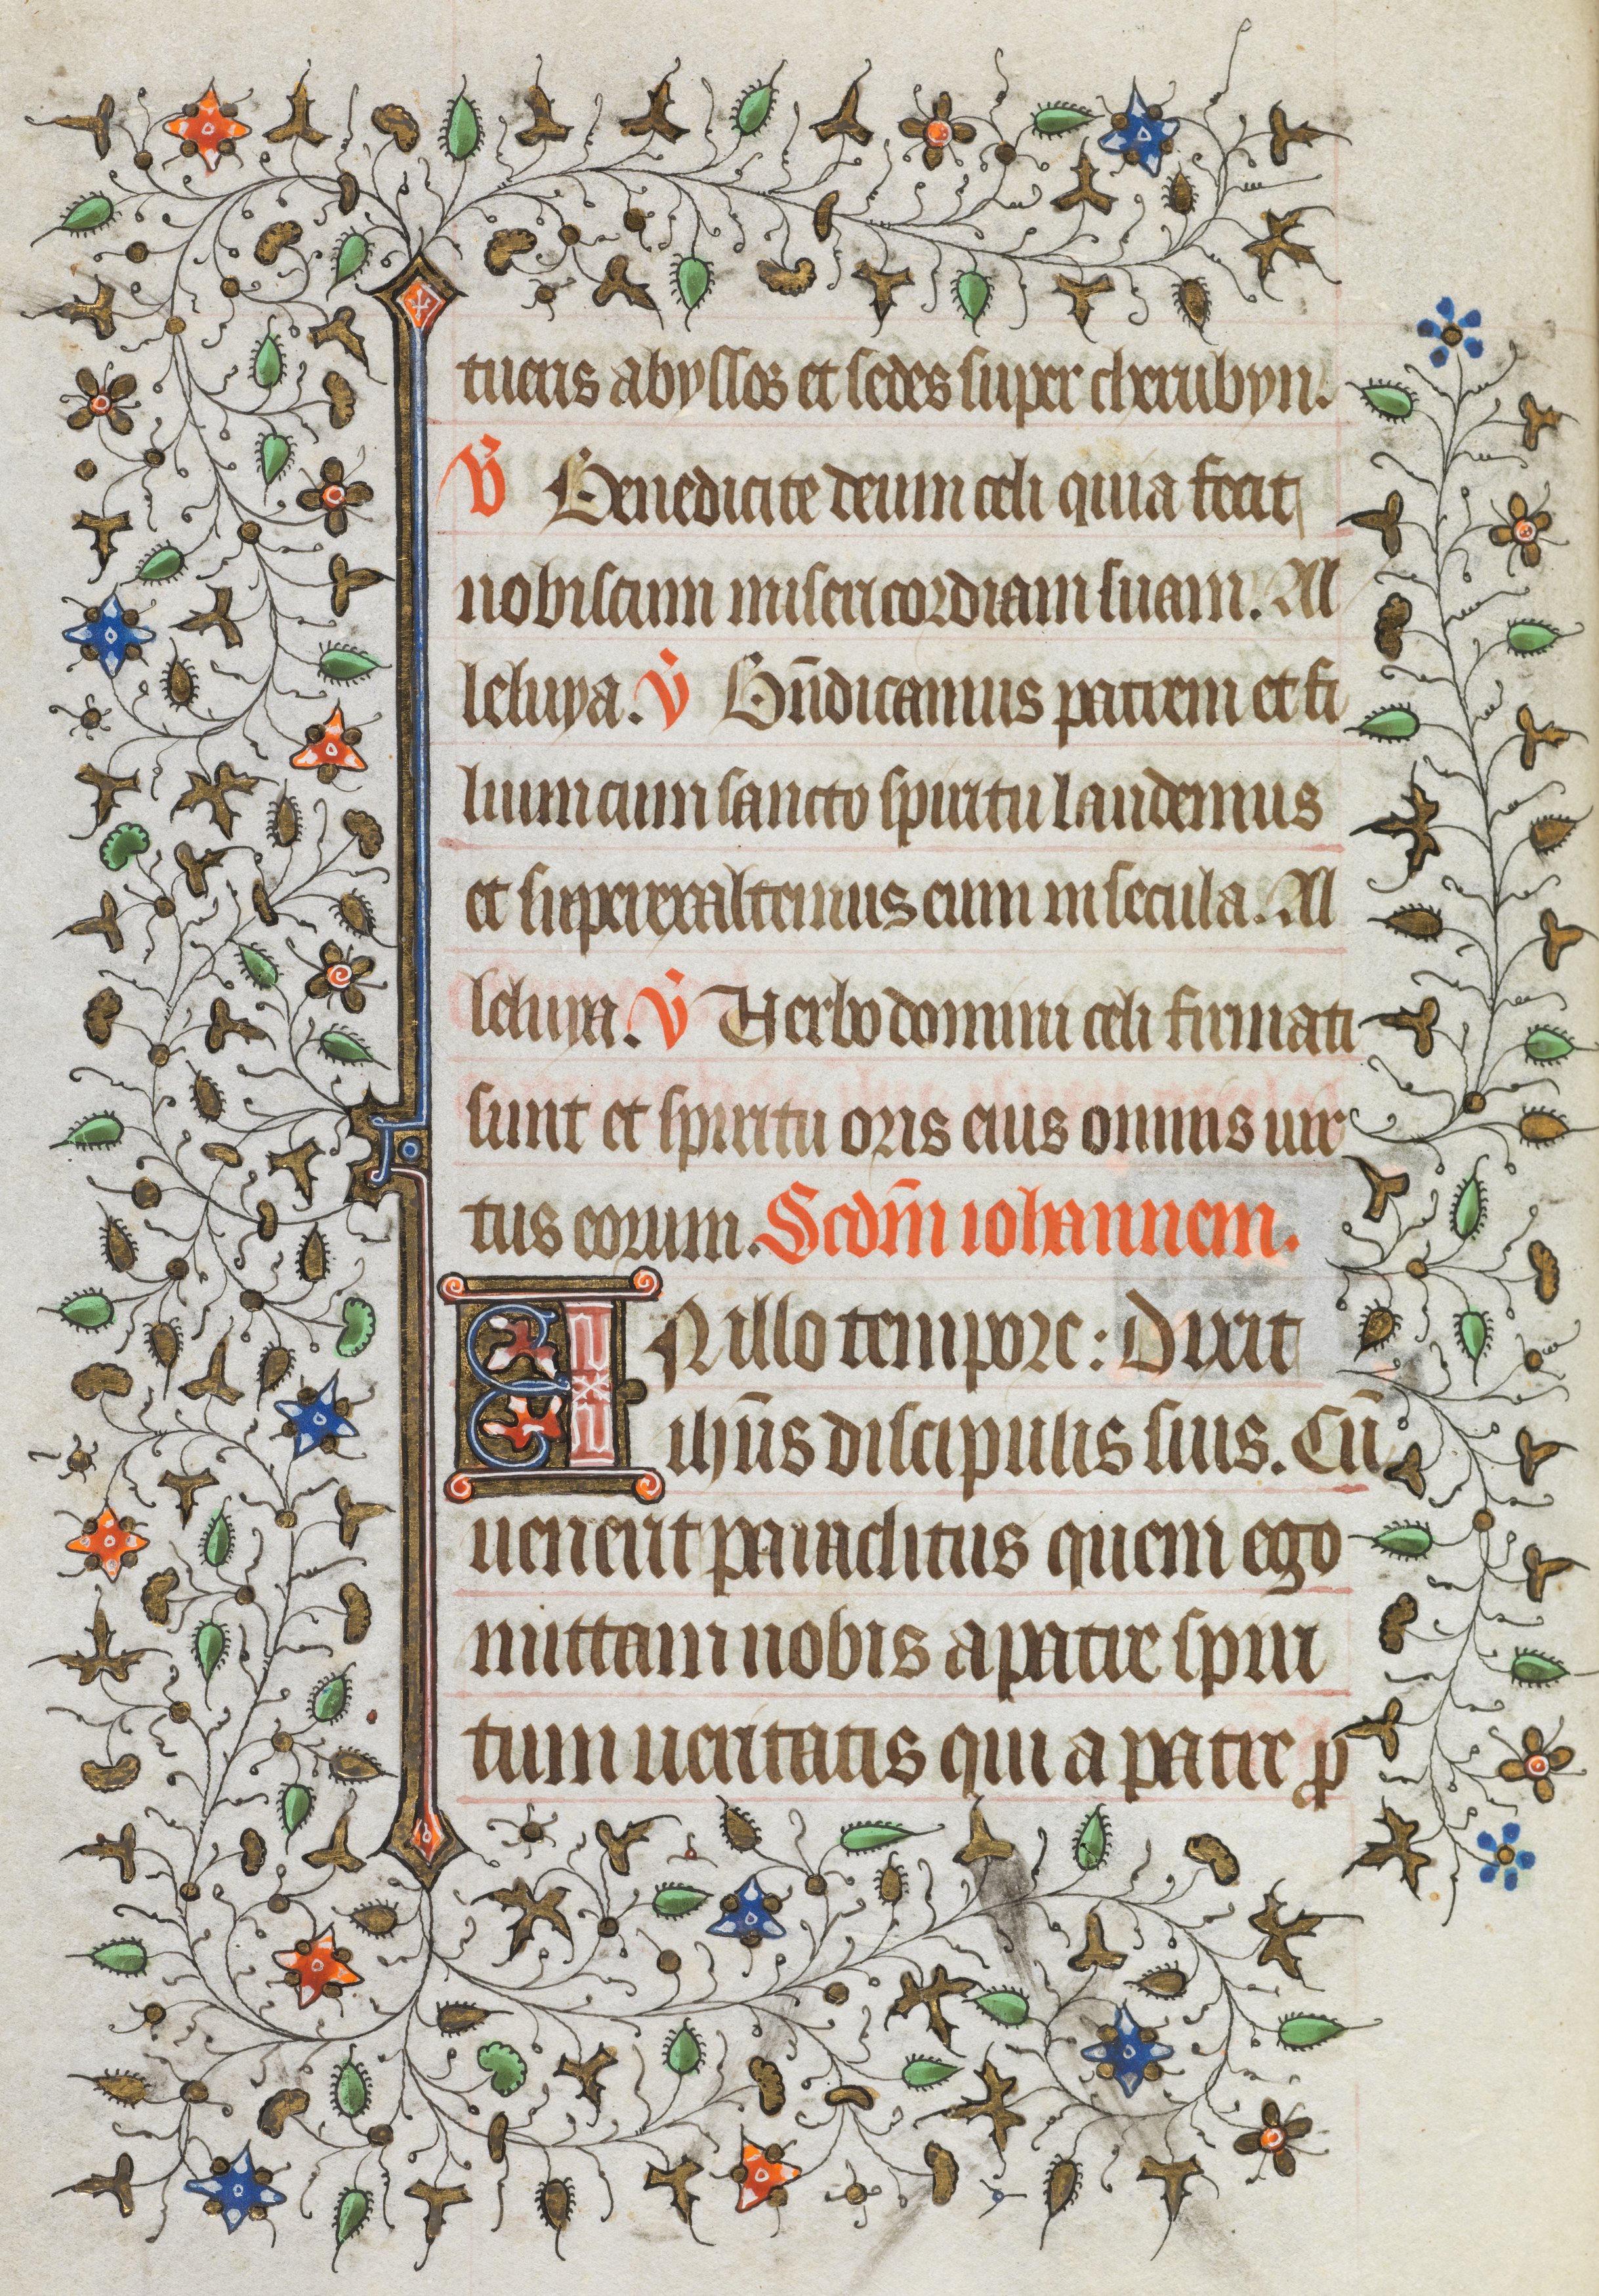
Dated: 1421–1421